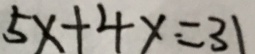
5 x + 4 y \cdot = 3 1